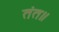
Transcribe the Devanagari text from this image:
तंत॥